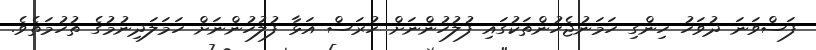
ފަސްވަނަ ދުވަހު ހިންގި ހަމަނުޖެހުންތަކުގައި ފުލުހުންނަށް ހުރަސް އަޅާ ފުލުހުންނަށް ހަމަލަދިނުމުގެ ތުހުމަތެވެ.